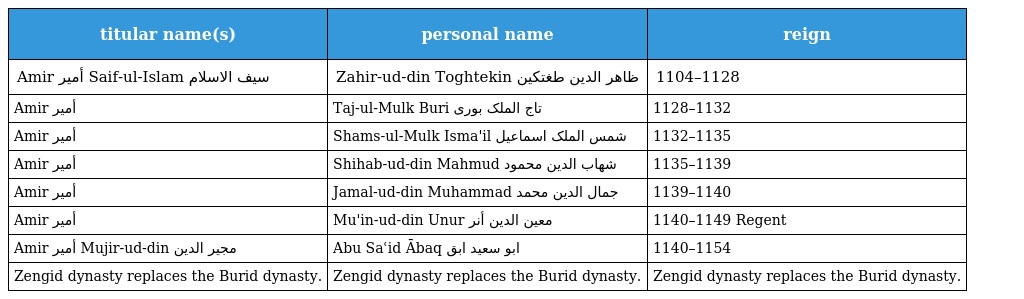
| titular name(s) | personal name | reign |
 | --- | --- | --- |
 | Amir أمیر Saif-ul-Islam سیف الاسلام | Zahir-ud-din Toghtekin ظاھر الدین طغتکین | 1104–1128 |
 | Amir أمیر | Taj-ul-Mulk Buri تاج الملک بوری | 1128–1132 |
 | Amir أمیر | Shams-ul-Mulk Isma'il شمس الملک اسماعیل | 1132–1135 |
 | Amir أمیر | Shihab-ud-din Mahmud شھاب الدین محمود | 1135–1139 |
 | Amir أمیر | Jamal-ud-din Muhammad جمال الدین محمد | 1139–1140 |
 | Amir أمیر | Mu'in-ud-din Unur معین الدین أنر | 1140–1149 Regent |
 | Amir أمیر Mujir-ud-din مجیر الدین | Abu Saʿid Ābaq ابو سعید ابق | 1140–1154 |
 | Zengid dynasty replaces the Burid dynasty. | Zengid dynasty replaces the Burid dynasty. | Zengid dynasty replaces the Burid dynasty. |